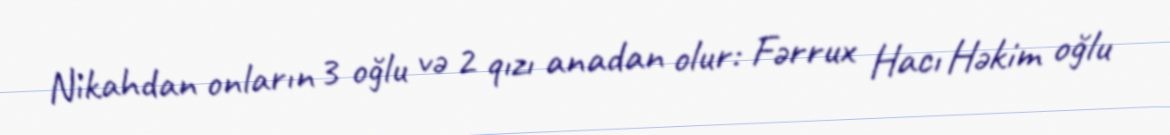
Nikahdan onların 3 oğlu və 2 qızı anadan olur: Fərrux Hacı Həkim oğlu